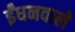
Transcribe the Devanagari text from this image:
ईंधनवाले